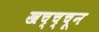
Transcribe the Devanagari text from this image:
खच्च्चून